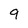
Character: 9